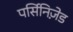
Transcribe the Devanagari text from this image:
पर्सिनिज़ेड